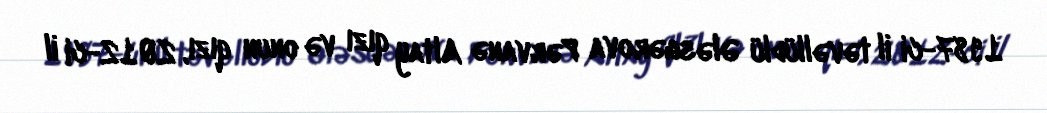
1987-ci il təvəllüdlü Ələsgərova Pərvanə Altay qızı və onun qızı, 2012-ci il